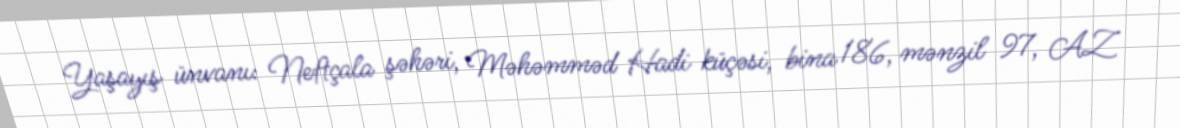
Yaşayış ünvanı: Neftçala şəhəri, Məhəmməd Hadi küçəsi, bina 186, mənzil 97, AZ